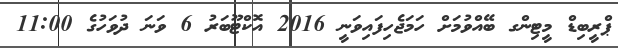
ޕްރީބިޑް މީޓިންގ ބޭއްވުމަށް ހަމަޖެހިފައިވަނީ 2016 އޮކްޓޫބަރު 6 ވަނަ ދުވަހުގެ 11:00